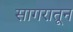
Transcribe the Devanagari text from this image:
सागरातून